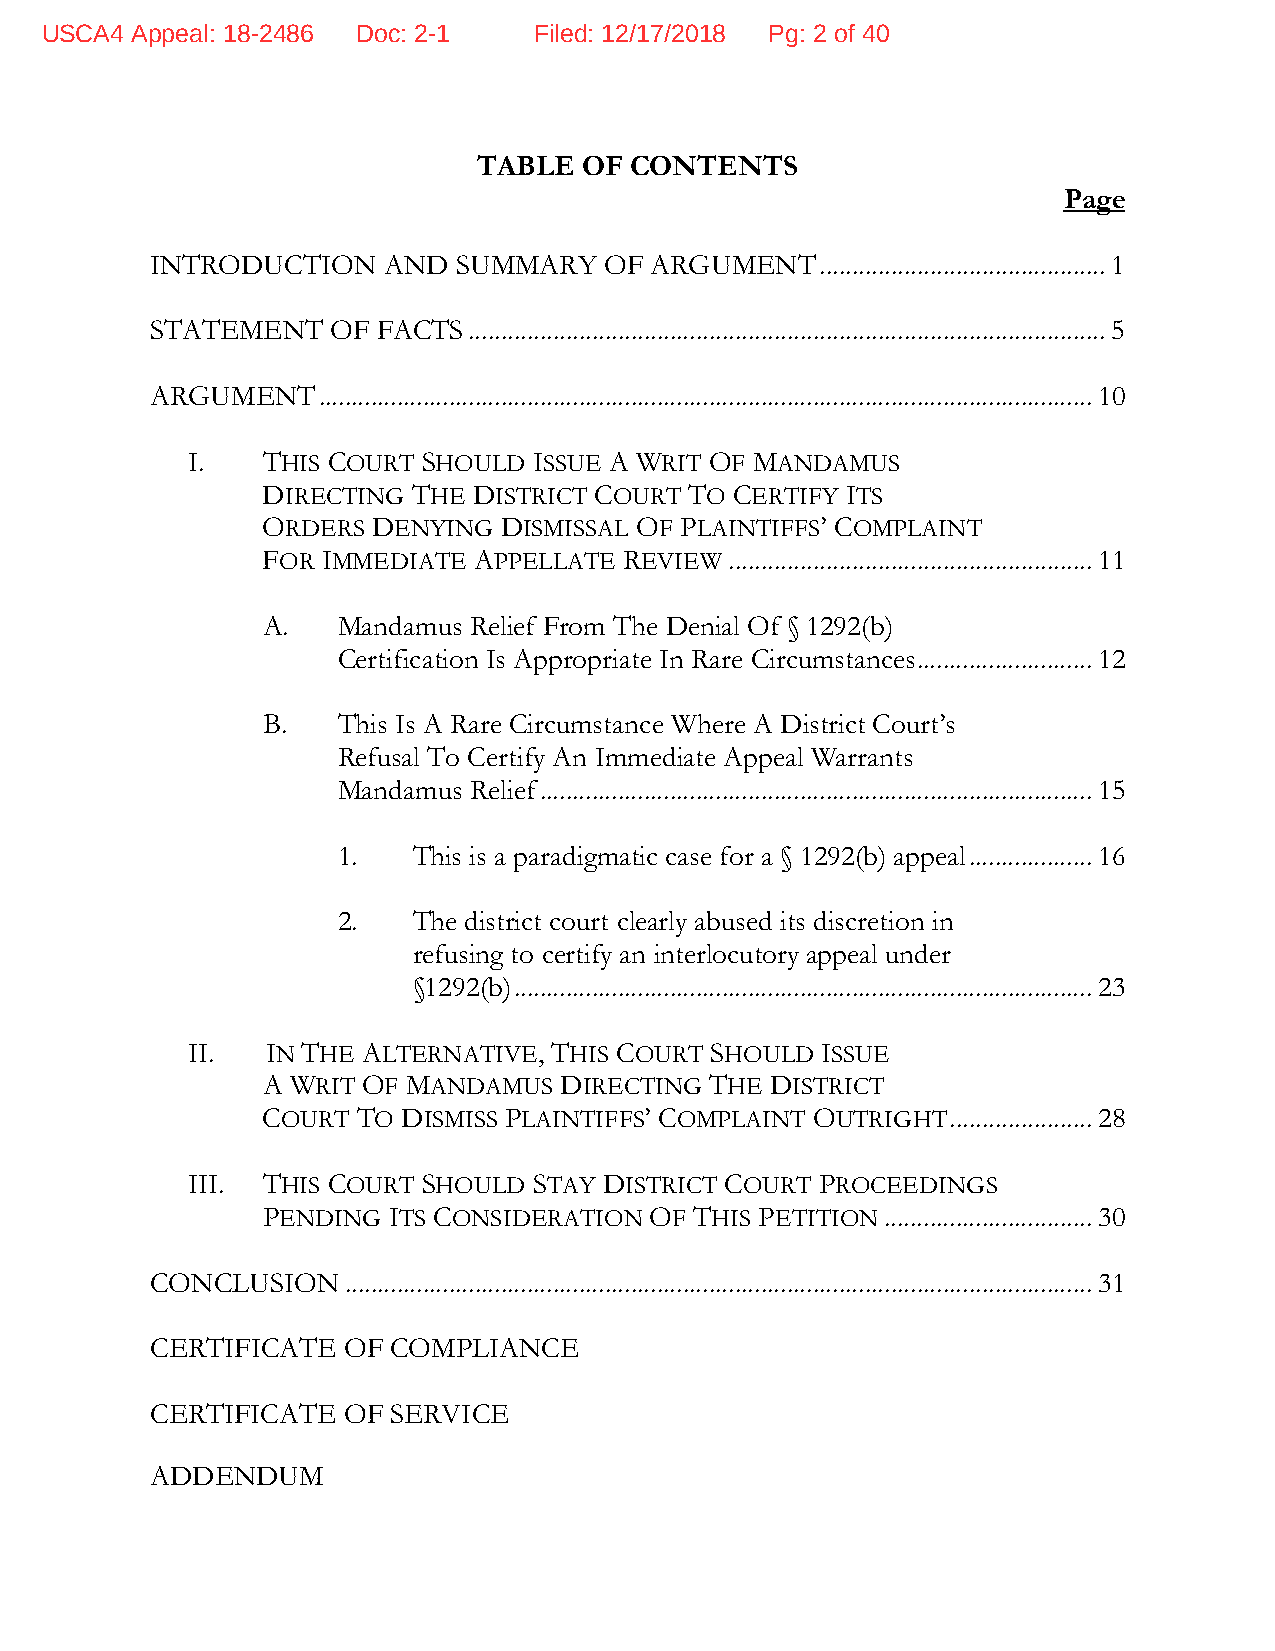
USCA4 Appeal: 18-2486 Doc: 2-1  Filed: 12/17/2018 Pg: 2 of 40
 TABLE  OF CONTENTS
 Page
 INTRODUCTION   AND  SUMMARY   OF ARGUMENT   ............................................ 1
 STATEMENT   OF FACTS .................................................................................................. 5
 ARGUMENT   ....................................................................................................................... 10
 I.   THIS COURT SHOULD ISSUE A WRIT OF MANDAMUS
 DIRECTING THE DISTRICT COURT TO CERTIFY ITS
 ORDERS  DENYING DISMISSAL OF PLAINTIFFS’ COMPLAINT
 FOR IMMEDIATE APPELLATE REVIEW ........................................................ 11
 A.   Mandamus Relief From The Denial Of § 1292(b)
 Certification Is Appropriate In Rare Circumstances ........................... 12
 B.   This Is A Rare Circumstance Where A District Court’s
 Refusal To Certify An Immediate Appeal Warrants
 Mandamus Relief ..................................................................................... 15
 1.   This is a paradigmatic case for a § 1292(b) appeal ................... 16
 2.   The district court clearly abused its discretion in
 refusing to certify an interlocutory appeal under
 §1292(b) ......................................................................................... 23
 II.   IN THE ALTERNATIVE, THIS COURT SHOULD ISSUE
 A WRIT OF MANDAMUS  DIRECTING THE DISTRICT
 COURT  TO DISMISS PLAINTIFFS’ COMPLAINT OUTRIGHT ...................... 28
 III. THIS COURT SHOULD STAY DISTRICT COURT PROCEEDINGS
 PENDING  ITS CONSIDERATION OF THIS PETITION ................................ 30
 CONCLUSION   ................................................................................................................... 31
 CERTIFICATE  OF COMPLIANCE
 CERTIFICATE  OF SERVICE
 ADDENDUM